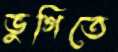
ভুগিতে